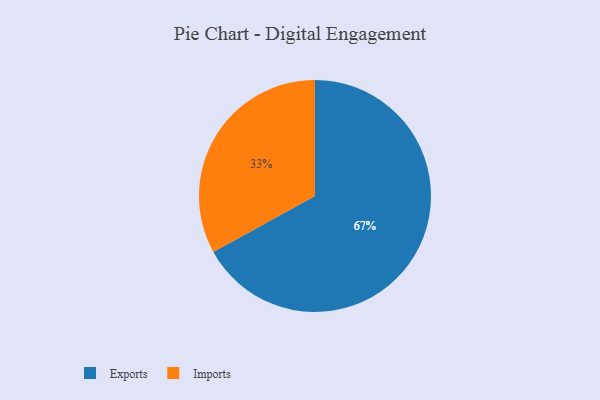
{"axis": {"x": "Category", "y": "Percentage"}, "legend": ["Exports", "Imports"], "data": [{"x": "Imports", "y": 33, "type": "Imports"}, {"x": "Exports", "y": 67, "type": "Exports"}]}